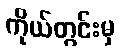
ကိုယ်တွင်းမှ